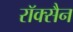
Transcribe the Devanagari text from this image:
रॉक्सैन